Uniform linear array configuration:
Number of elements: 32
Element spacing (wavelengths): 0.75
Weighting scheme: binomial
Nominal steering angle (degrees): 30
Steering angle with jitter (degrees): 29.138
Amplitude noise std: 0.05
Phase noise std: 0.05

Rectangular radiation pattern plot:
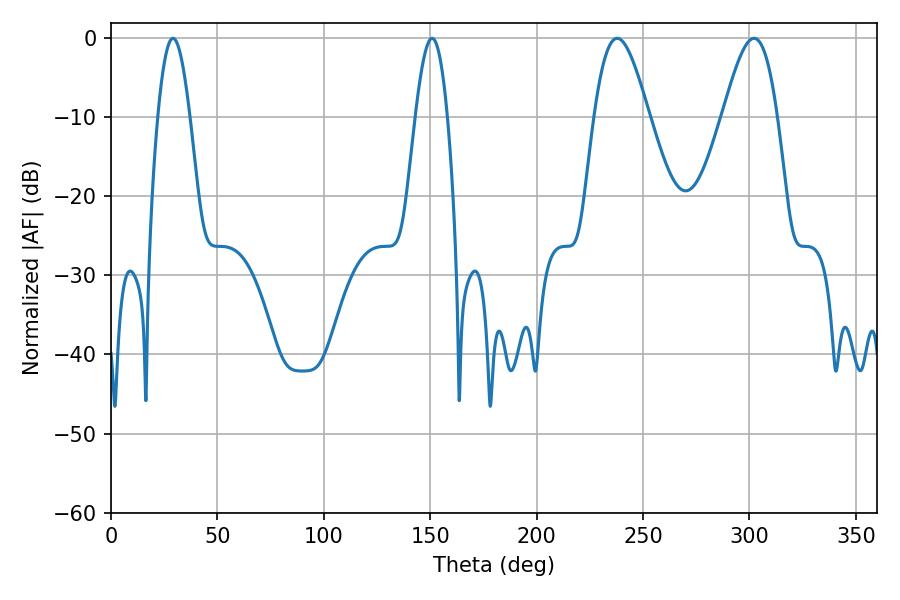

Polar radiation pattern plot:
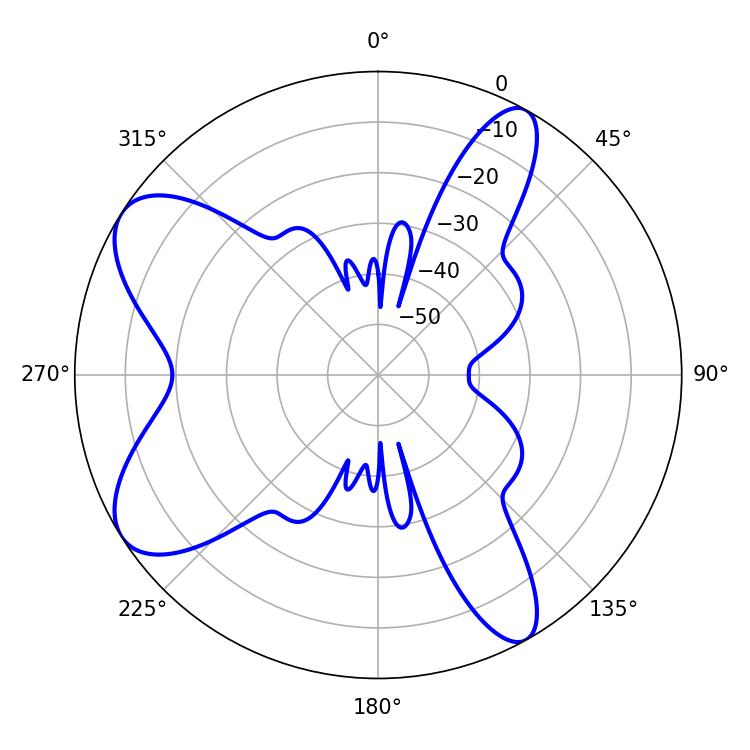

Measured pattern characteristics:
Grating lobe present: TRUE
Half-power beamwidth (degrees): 8.1
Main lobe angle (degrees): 29.16